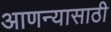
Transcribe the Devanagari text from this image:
आणन्यासाठी